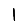
Digit: 1